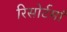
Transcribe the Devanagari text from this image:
रिसोर्टमां